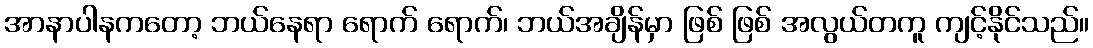
အာနာပါနကတော့ ဘယ်နေရာ ရောက် ရောက်၊ ဘယ်အချိန်မှာ ဖြစ် ဖြစ် အလွယ်တကူ ကျင့်နိုင်သည်။